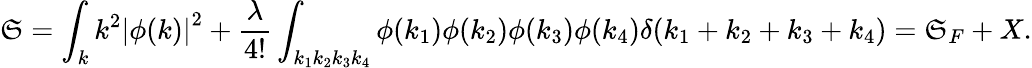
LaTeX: \mathfrak{S}=\int_{k}k^{2}\left|\phi(k)\right|^{2}+{\frac{{\lambda}}{{4!}}}\int_{k_{1}k_{2}k_{3}k_{4}}\phi(k_{1})\phi(k_{2})\phi(k_{3})\phi(k_{4})\delta(k_{1}+k_{2}+k_{3}+k_{4})=\mathfrak{S}_{F}+X.